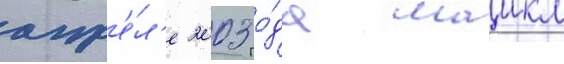
апр'е́л'е 2003 го́да маикл